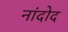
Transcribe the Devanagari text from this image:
नांदोद